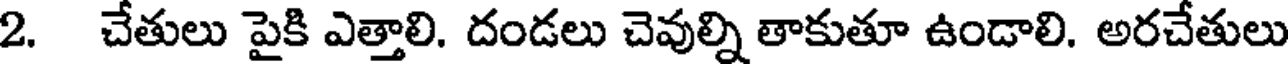
2. చేతులు పైకి ఎత్తాలి. దండలు చెవుల్ని తాకుతూ ఉండాలి. అరచేతులు